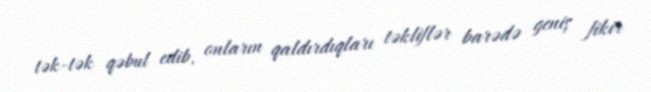
tək-tək qəbul edib, onların qaldırdıqları təkliflər barədə geniş fikir